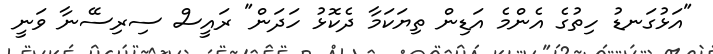
"އަޅުގަނޑު ހިތުގެ އެންމެ އަޑިން ތިޔަކަމާ ދެކޮޅު ހަދަން" ރައީސް ސިރިސޭނާ ވަނީ